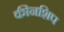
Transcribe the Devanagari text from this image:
कीनशिप